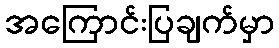
အကြောင်းပြချက်မှာ